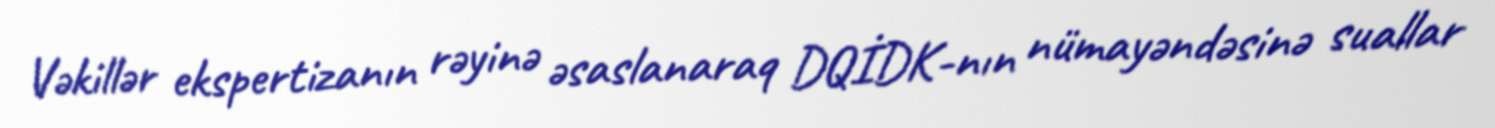
Vəkillər ekspertizanın rəyinə əsaslanaraq DQİDK-nın nümayəndəsinə suallar